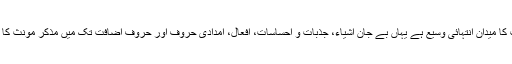
اردو میں مذکر مؤنث کا میدان انتہائی وسیع ہے یہاں بے جان اشیاء، جذبات و احساسات، افعال، امدادی حروف اور حروفِ اضافت تک میں مذکر مؤنث کا لحاظ رکھنا پڑتا ہے۔